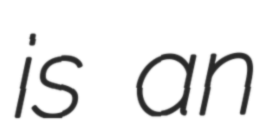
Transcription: is an